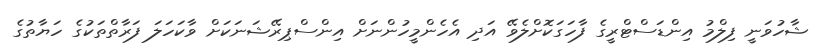
ޝާހުވަނީ ފިލްމު އިންޑަސްޓްރީގެ ފާހަގަކޮށްލެވޭ އަދި އެހެންމީހުންނަށް އިންސްޕިރޭޝަނަކަށް ވާކަހަލަ ފަރާތްތަކުގެ ހަޔާތުގެ